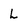
Character: L